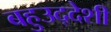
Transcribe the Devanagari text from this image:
बहुउद्देशी